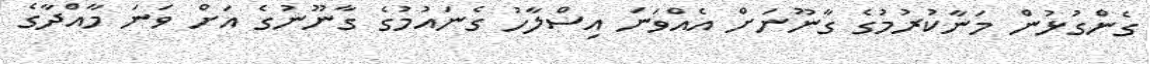
ގެންގުޅުން މަނާކުރުމުގެ ގާނޫނަށް އެއްވަނަ އިސްލާހު ގެނައުމުގެ ގާނޫނުގެ އަށް ވަނަ މާއްދާގެ